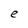
Character: e